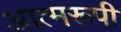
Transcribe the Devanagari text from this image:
आत्मरूपी